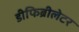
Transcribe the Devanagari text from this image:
डीफिब्रीलेटर